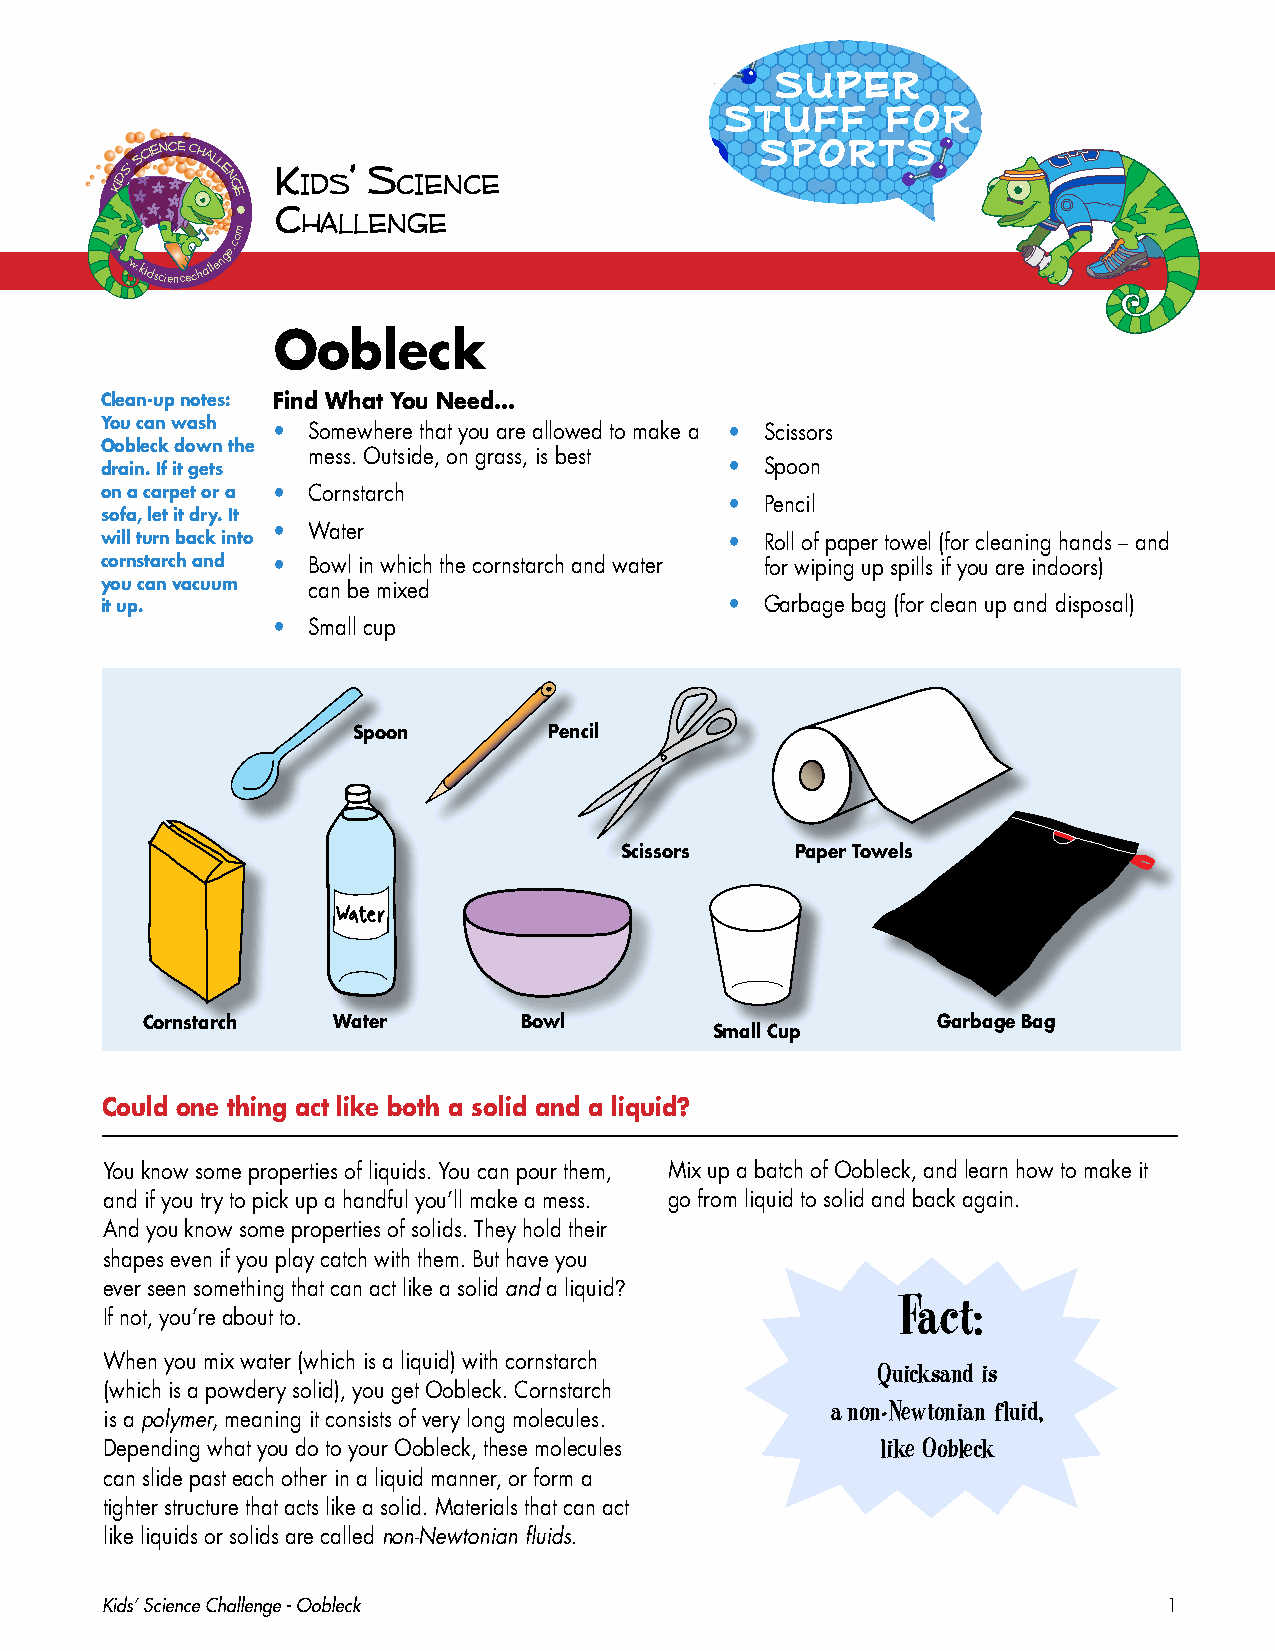
super
 stuff      for
 sports
 Kids’ S
 cience Chall
 e
 n
 g
 K ids’ s
 cience
 e  c
 hallenge
 m
 w
 ww.kidsciencechallenge.co
 Oobleck
 Clean-up notes: Find What You Need...
 You can wash
 • Somewhere that you are allowed to make a • Scissors
 Oobleck down the
 mess. Outside, on grass, is best
 drain. If it gets                        •  Spoon
 on a carpet or a • Cornstarch
 •  Pencil
 sofa, let it dry. It
 • Water
 will turn back into                      •  Roll of paper towel (for cleaning hands – and
 cornstarch and • Bowl in which the cornstarch and water for wiping up spills if you are indoors)
 you can vacuum can be mixed
 it up.                                   •  Garbage bag (for clean up and disposal)
 • Small cup
 Spoon        Pencil
 Scissors    Paper Towels
 Cornstarch   Water       Bowl                        Garbage Bag
 Small Cup
 Could one thing act like both a solid and a liquid?
 You know some properties of liquids. You can pour them, Mix up a batch of Oobleck, and learn how to make it
 *
 and if you try to pick up a handful you’ll make a mess. go from liquid to solid and back again.
 And you know some properties of solids. They hold their
 shapes even if you play catch with them. But have you
 ever seen something that can act like a solid and a liquid?
 Fact:
 If not, you’re about to.
 When you mix water (which is a liquid) with cornstarch
 Quicksand is
 (which is a powdery solid), you get Oobleck. Cornstarch
 a non-Newtonian fluid,
 is a polymer, meaning it consists of very long molecules.
 Depending what you do to your Oobleck, these molecules like Oobleck
 can slide past each other in a liquid manner, or form a
 tighter structure that acts like a solid. Materials that can act
 like liquids or solids are called non-Newtonian fluids.
 Kids’ Science Challenge - Oobleck                                     1